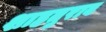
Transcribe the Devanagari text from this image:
शाहतुराब